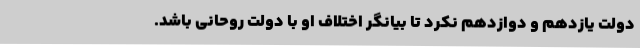
دولت یازدهم و دوازدهم نکرد تا بیانگر اختلاف او با دولت روحانی باشد.